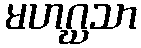
မဟဂ္ဃသာ